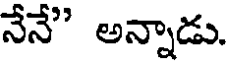
నేనే" అన్నాడు.